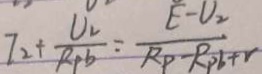
I _ { 2 } + \frac { U _ { 2 } } { R _ { P } b } = \frac { E - U _ { 2 } } { R _ { P } - R _ { P } b + r }